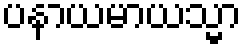
ပနာယမာယသ္မာ